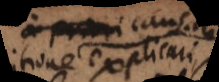
quae explicari